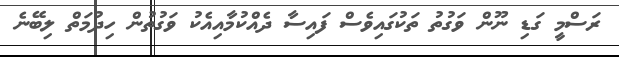
ރަސްމީ ގަޑި ނޫން ވަގުތު ތަކުގައިވެސް ފައިސާ ދެއްކުމާއިއެކު ވަގުތުން ހިދުމަތް ލިބޭނެ